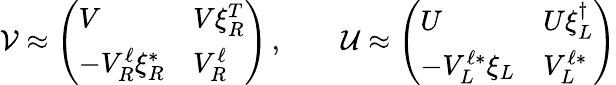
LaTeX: {\cal V}\approx\left(\begin{array}{ll}{{V}}&{{V\xi_{R}^{T}}}\\ {{-V_{R}^{\ell}\xi_{R}^{*}}}&{{V_{R}^{\ell}}}\end{array}\right)\, ,\qquad{\cal U}\approx\left(\begin{array}{ll}{{U}}&{{U\xi_{L}^{\dagger}}}\\ {{-V_{L}^{{\ell}*}\xi_{L}}}&{{V_{L}^{{\ell}*}}}\end{array}\right)